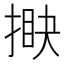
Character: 𢯵